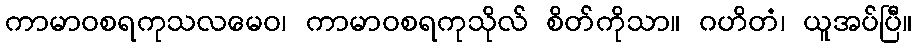
ကာမာဝစရကုသလမေဝ၊ ကာမာဝစရကုသိုလ် စိတ်ကိုသာ။ ဂဟိတံ၊ ယူအပ်ပြီ။